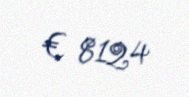
€ 8124